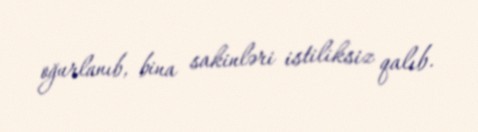
oğurlanıb, bina sakinləri istiliksiz qalıb.